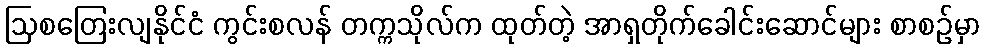
ဩစတြေးလျနိုင်ငံ ကွင်းစလန် တက္ကသိုလ်က ထုတ်တဲ့ အာရှတိုက်ခေါင်းဆောင်များ စာစဉ်မှာ